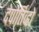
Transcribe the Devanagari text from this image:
देपोर्तिव्हो